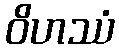
ဝိဟဿံ